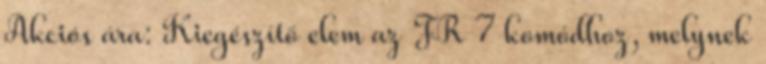
Akciós ára: Kiegészítő elem az FR 7 komódhoz, melynek